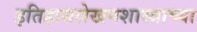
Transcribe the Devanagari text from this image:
इतिहासलेखनशास्त्राच्या